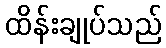
ထိန်းချုပ်သည်